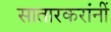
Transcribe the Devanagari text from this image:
सातारकरांनीं